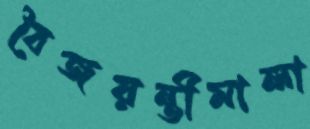
বৈজয়ন্তীমালা